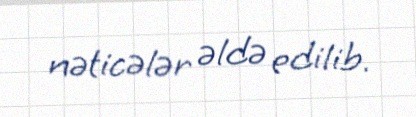
nəticələr əldə edilib.